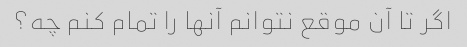
اگر تا آن موقع نتوانم آنها را تمام کنم چه؟